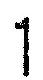
1